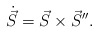
\begin{align*}\dot{\vec S} = \vec S \times \vec S''. \end{align*}